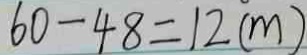
6 0 - 4 8 = 1 2 ( m )